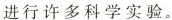
进行许多科学实验。